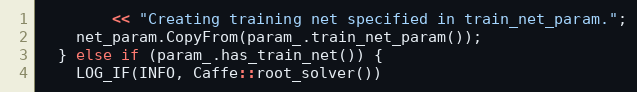
Language: C++
        << "Creating training net specified in train_net_param.";
    net_param.CopyFrom(param_.train_net_param());
  } else if (param_.has_train_net()) {
    LOG_IF(INFO, Caffe::root_solver())